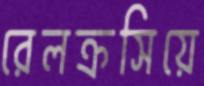
রেলক্রসিয়ে